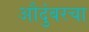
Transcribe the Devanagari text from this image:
औदुंबरचा